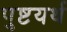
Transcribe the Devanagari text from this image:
पुष्टयर्थ